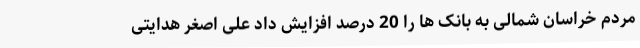
مردم خراسان شمالی به بانک ها را 20 درصد افزایش داد علی اصغر هدایتی